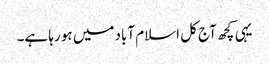
یہی کچھ آج کل اسلام آباد میں ہو رہا ہے۔